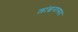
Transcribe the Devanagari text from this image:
लांछनास्‍पद